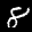
Label: 8